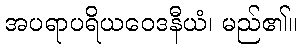
အပရာပရိယဝေဒနီယံ၊ မည်၏။